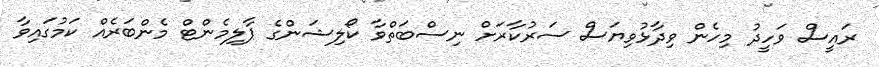
ރައީސް ވަހީދު މިހެން ވިދާޅުވިޔަސް ސަރުކާރަށް ނިސްބަތްވާ ކޯލިޝަންގެ ޕާލިމެންޓް މެންބަރެއް ކަމުގައިވާ